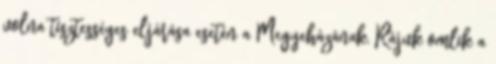
volna tisztességes eljárása esetén a Megyeházának. Rájuk omlik a